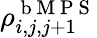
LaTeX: \rho_{i,j,j+1}^{\mathrm{~b~M~P~S~}}